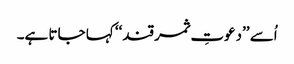
اُسے ’’دعوتِ ثمر قند‘‘ کہا جاتا ہے۔